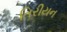
તિરીયન